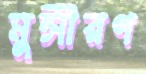
মুন্সীরগ